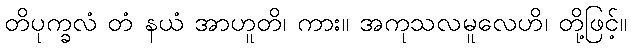
တိပုက္ခလံ တံ နယံ အာဟူတိ၊ ကား။ အကုသလမူလေဟိ၊ တို့ဖြင့်။